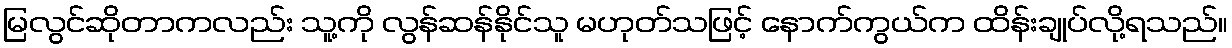
မြလွင်ဆိုတာကလည်း သူ့ကို လွန်ဆန်နိုင်သူ မဟုတ်သဖြင့် နောက်ကွယ်က ထိန်းချုပ်လို့ရသည်။